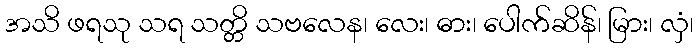
အသိ ဖရသု သရ သတ္တိ သဗလေန၊ လေး၊ ဓား၊ ပေါက်ဆိန်၊ မြား၊ လှံ၊